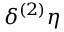
\delta ^ { ( 2 ) } \eta